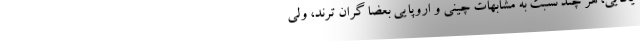
یکایی، هر چند نسبت به مشابهات چینی و اروپایی بعضاً گران ترند، ولی